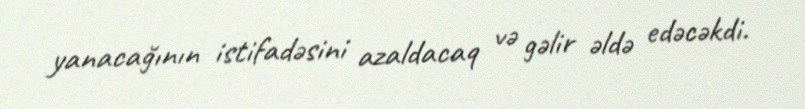
yanacağının istifadəsini azaldacaq və gəlir əldə edəcəkdi.